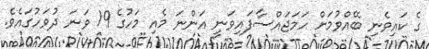
ގެ ކައިވެނި ބޭއްވުމަށް ހަމަޖައްސާފައިވަނީ އަންނަ މެއި މަހުގެ 19 ވަނަ ދުވަހުގައެވެ.